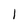
Character: l